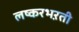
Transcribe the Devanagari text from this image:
लष्करभऱती